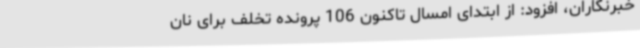
خبرنگاران، افزود: از ابتدای امسال تاکنون 106 پرونده تخلف برای نان